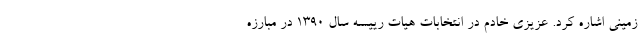
زمینی اشاره کرد. عزیزی خادم در انتخابات هیات رییسه سال ۱۳۹۰ در مبارزه